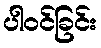
ပါဝင်ခြင်း